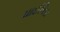
ચાઈનિસ